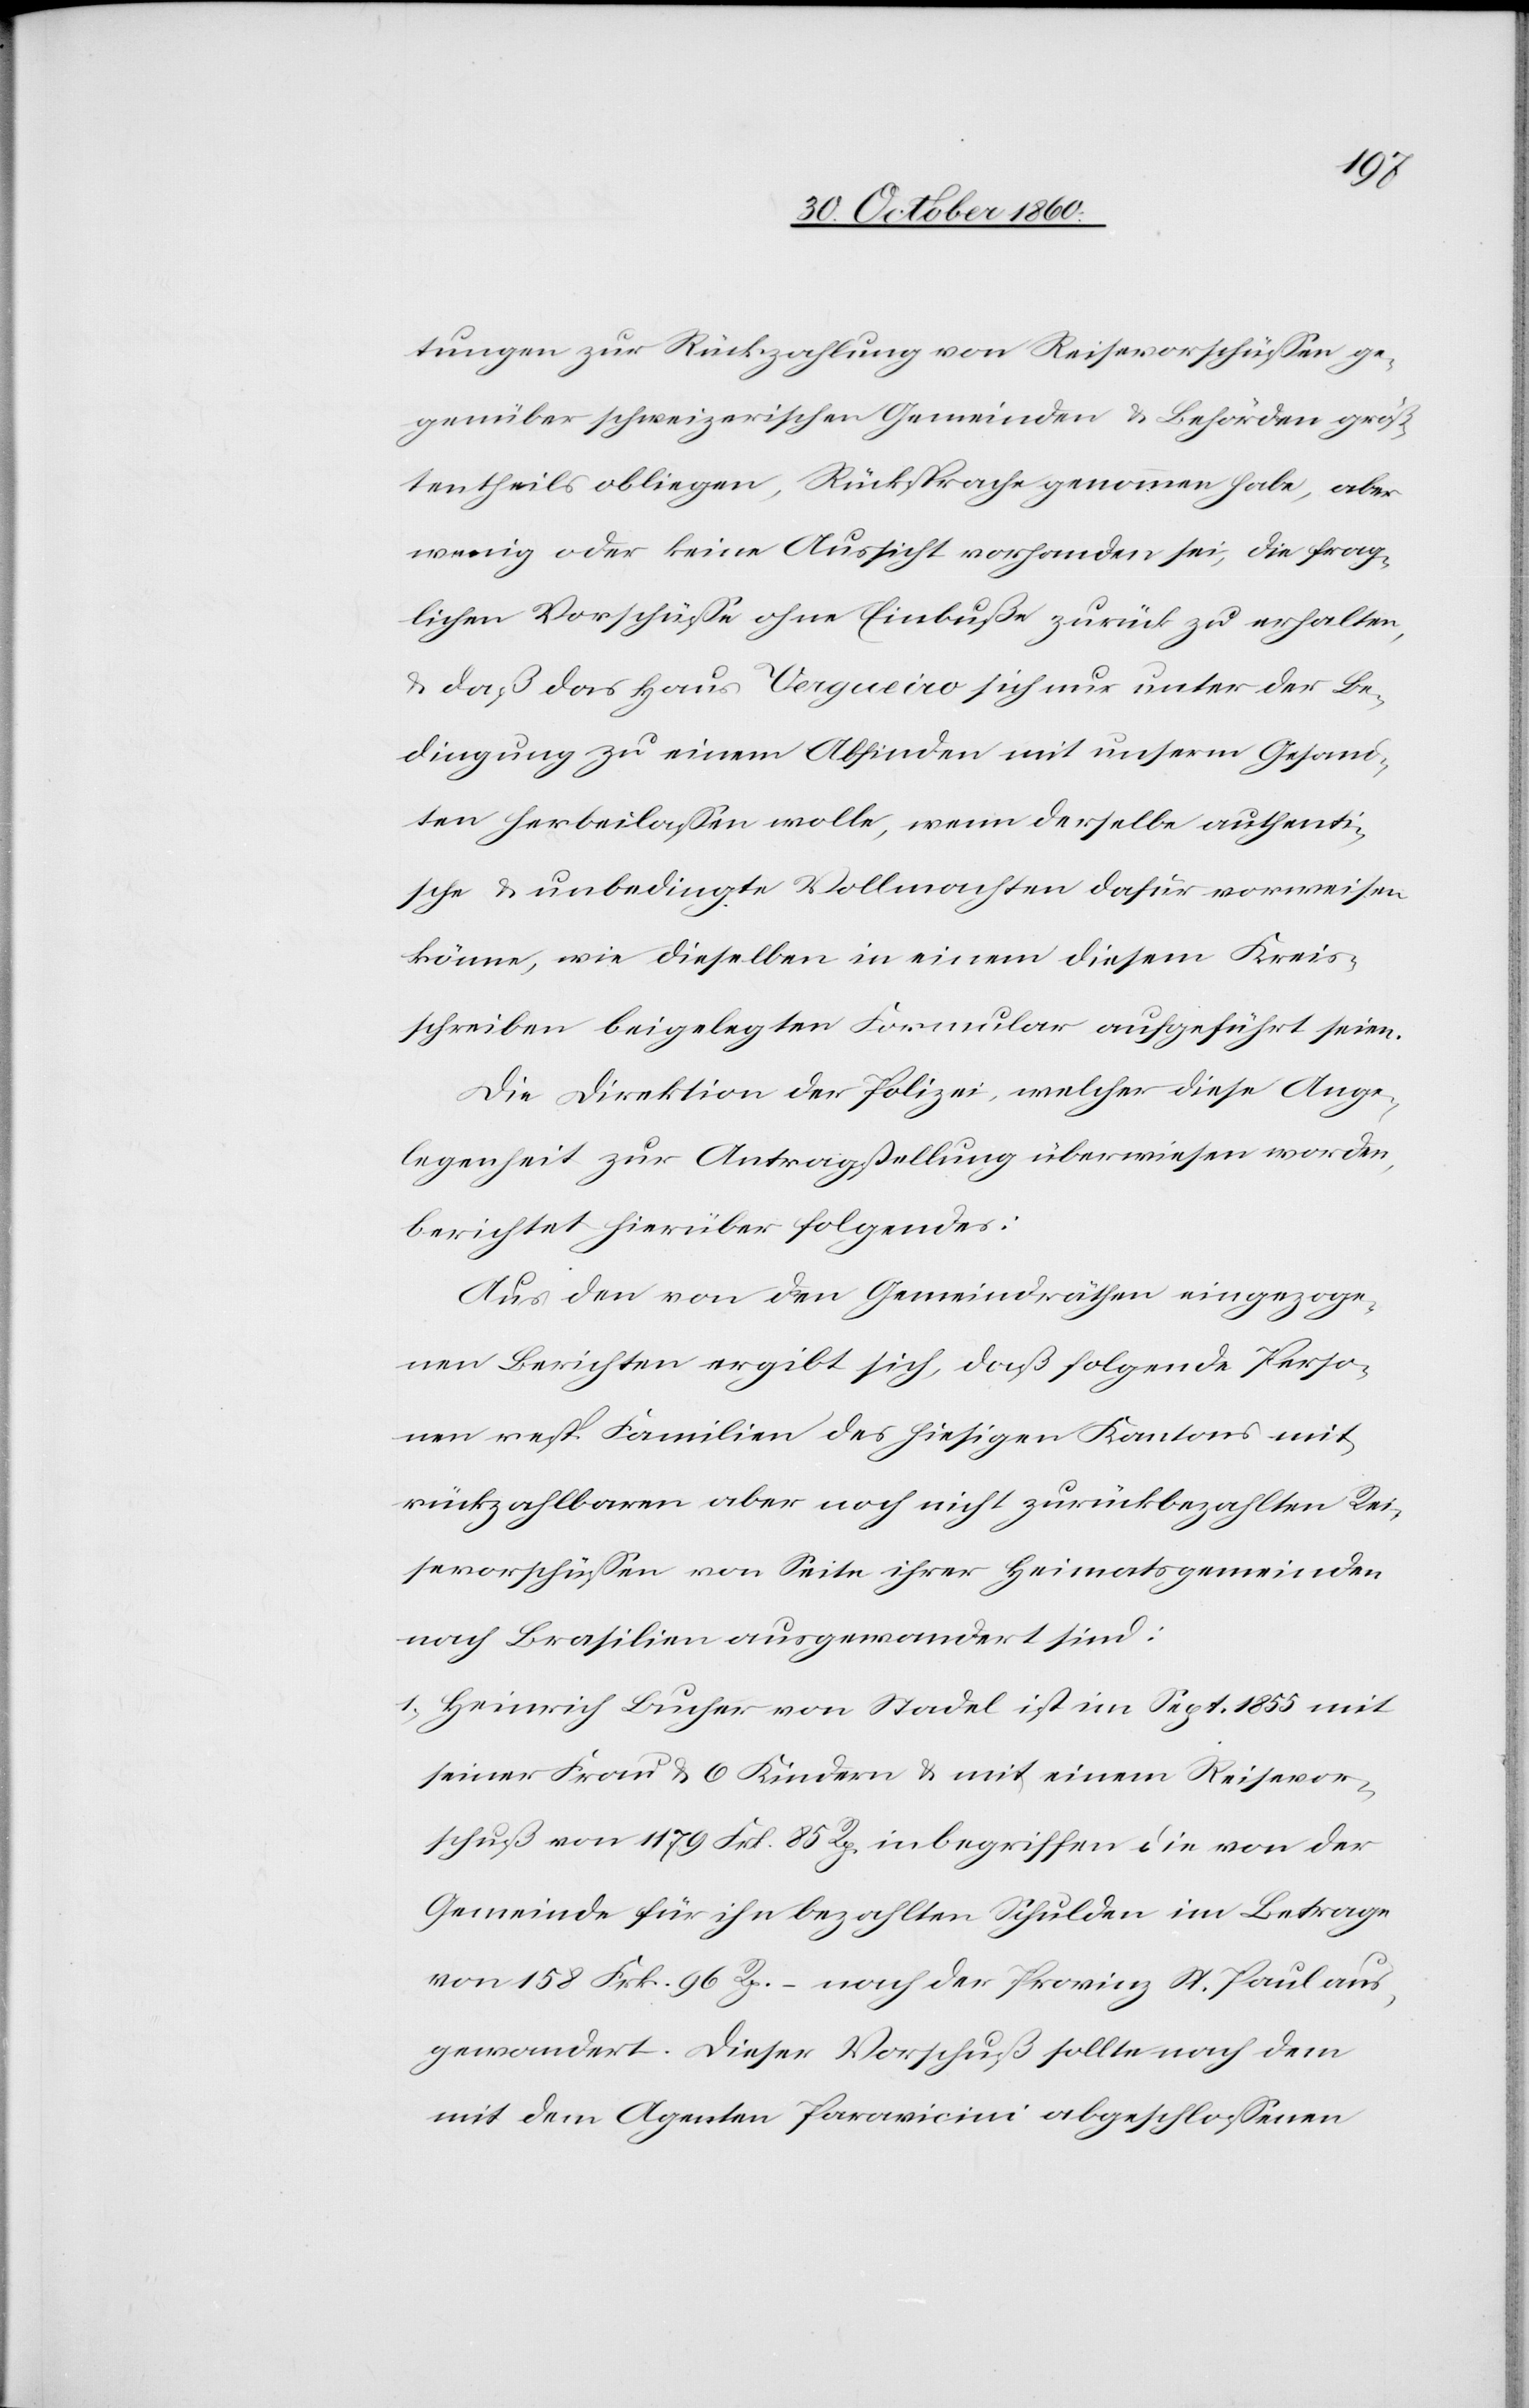
tungen zur Rückzahlung von Reisevorschüssen ge¬
genüber schweizerischen Gemeinden u. Behören größ¬
tentheils obliegen, Rücksprache genommen habe, aber
wenig oder keine Aussicht vorhanden sei, die frag¬
lichen Vorschüsse ohne Einbuße zurück zu erhalten,
u. daß das Haus Vergueiro sich nur unter der Be¬
dingung zu einem Abfinden mit unserm Gesand¬
ten herbeilassen wolle, wenn derselbe authenti¬
sche u. unbedingte Vollmachten dafür vorweisen
könne, wie dieselben in einem diesem Kreis¬
schreiben beigelegten Formular ausgeführt seien.
Die Direktion der Polizei, welcher diese Ange¬
legenheit zur Antragstellung überwiesen worden,
berichtet hierüber folgendes:
Aus den von den Gemeindräthen eingezoge¬
nen Berichten ergibt sich, daß folgende Perso¬
nen resp. Familien des hiesigen Kantons mit
rückzahlbaren aber noch nicht zurückbezahlten Rei¬
sevorschüssen von Seite ihrer Heimatsgemeinden
nach Brasilien ausgewandert sind:
1. Heinrich Bucher von Stadel ist im Sept. 1855 mit
seiner Frau u. 6 Kindern u. mit einem Reisevor¬
schuß von 1179 Frk. 85 Rp. inbegriffen die von der
Gemeinde für ihn bezahlten Schulden im Betrage
von 158 Frk. 96 Rp. – nach der Provinz St. Paul aus¬
gewandert. Dieser Vorschuß sollte nach dem
mit dem Agenten Paravicini abgeschlossenen